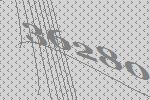
36280